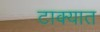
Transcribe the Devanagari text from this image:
टाक्‍यात